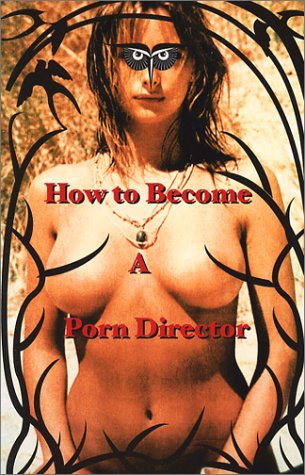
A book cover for How to Become a Porn Director: Making Amateur Adult Films; Nick Ryder; Humor & Entertainment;